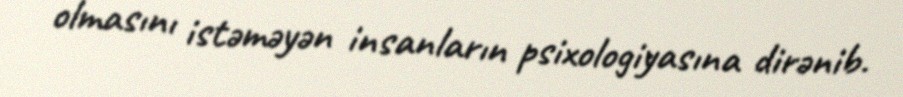
olmasını istəməyən insanların psixologiyasına dirənib.